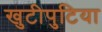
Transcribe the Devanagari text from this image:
खुटीपुटिया